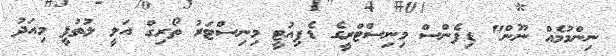
ނިންމުމެއް ނޫން" ޑިފެންސް މިނިސްޓްރީގެ ޑެޕިއުޓީ މިނިސްޓަރު ތޯރިގް އަލީ ލުތުފީ މިއަދު